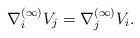
LaTeX: \begin{align*}\nabla^{(\infty)}_{i}V_{j}=\nabla^{(\infty)}_{j}V_{i}.\end{align*}